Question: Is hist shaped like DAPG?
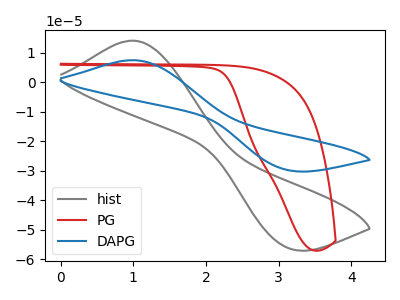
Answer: <think>The gray curve "hist" has an anodic peak at (1.00V, 14.10uA) and a cathodic peak at (3.15V, -56.25uA). The red curve "PG" has no peaks. The blue curve "DAPG" has an anodic peak at (1.00V, 7.50uA) and a cathodic peak at (3.15V, -29.85uA).
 All the peaks in "hist" have a peak in "DAPG" at the same potential. Every peak in "hist" is higher than every peak in "DAPG".</think>
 <answer>"hist" and "DAPG" are similar in shape.</answer>
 <eval>same_shape</eval>